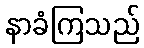
နာခံကြသည်